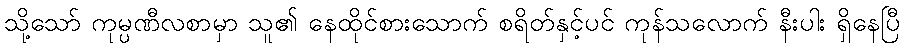
သို့သော် ကုမ္ပဏီလစာမှာ သူ၏ နေထိုင်စားသောက် စရိတ်နှင့်ပင် ကုန်သလောက် နီးပါး ရှိနေပြီ